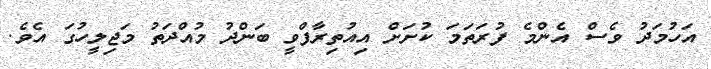
އަހުމަދު ވެސް އެންމެ ފުރަތަމަ ކުށަށް އިއުތިރާފްވީ ބަންދު މުއްދަތު މަޖިލީހުގަ އެވެ.